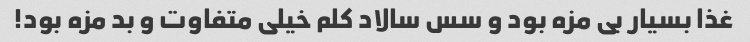
غذا بسیار بى مزه بود و سس سالاد کلم خیلى متفاوت و بد مزه بود!